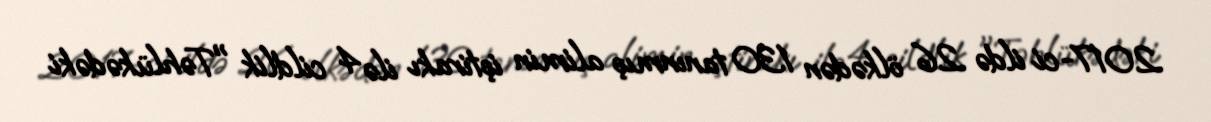
2017-ci ildə 26 ölkədən 130 tanınmış alimin iştirakı ilə 4 cildlik "Təhlükədəki